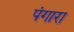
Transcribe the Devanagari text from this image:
पंगारा